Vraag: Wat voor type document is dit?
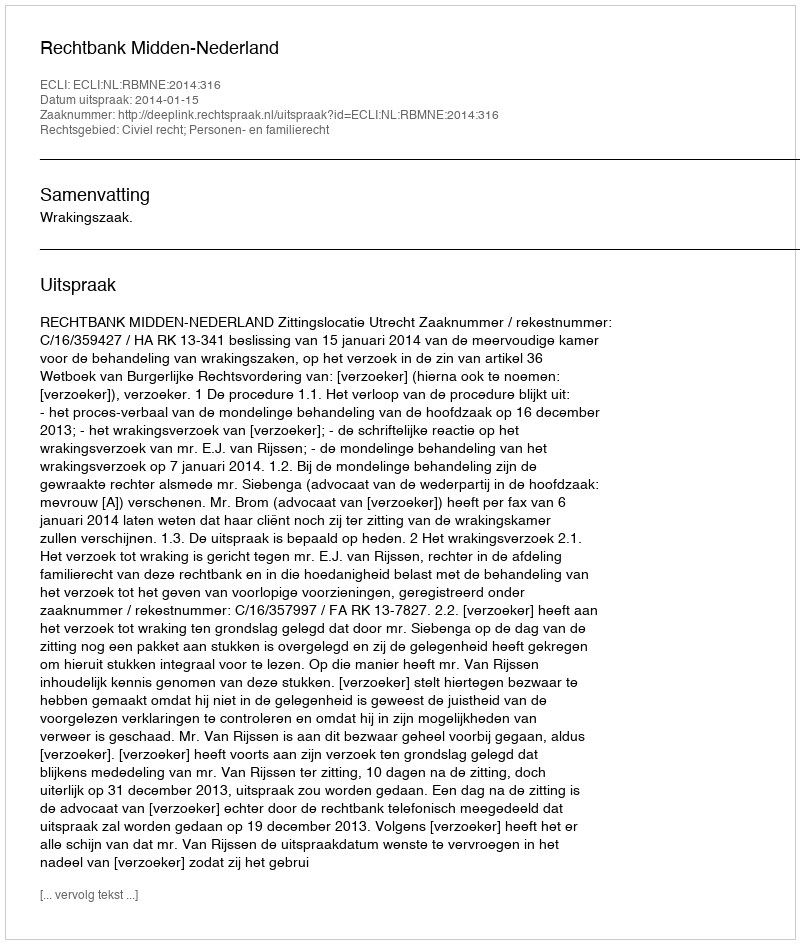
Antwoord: Uitspraak